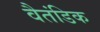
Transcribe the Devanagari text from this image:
वैतंडिक